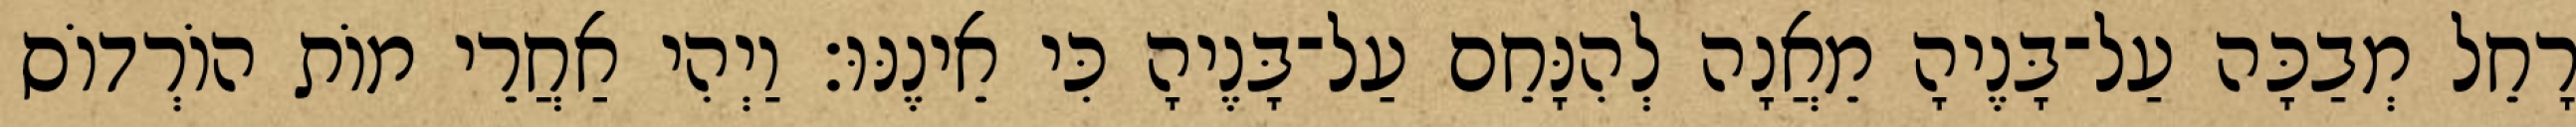
רָחֵל מְבַכָּה עַל־בָּנֶיהָ מֵאֲנָה לְהִנָּחֵם עַל־בָּנֶיהָ כִּי אֵינֶנּוּ׃ וַיְהִי אַחֲרֵי מוֹת הוֹרְדוֹס